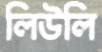
লিউলি